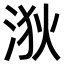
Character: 𪶆